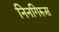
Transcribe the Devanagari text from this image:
निनगिरूस